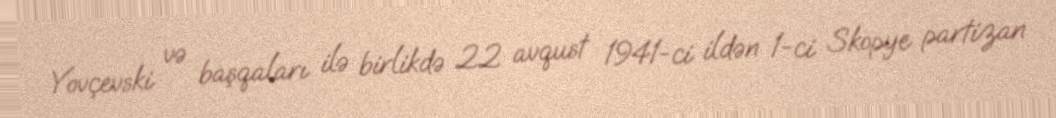
Yovçevski və başqaları ilə birlikdə 22 avqust 1941-ci ildən 1-ci Skopye partizan